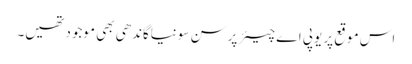
اس موقع پر یوپی اے چیئرپرسن سونیاگاندھی بھی موجودتھیں۔